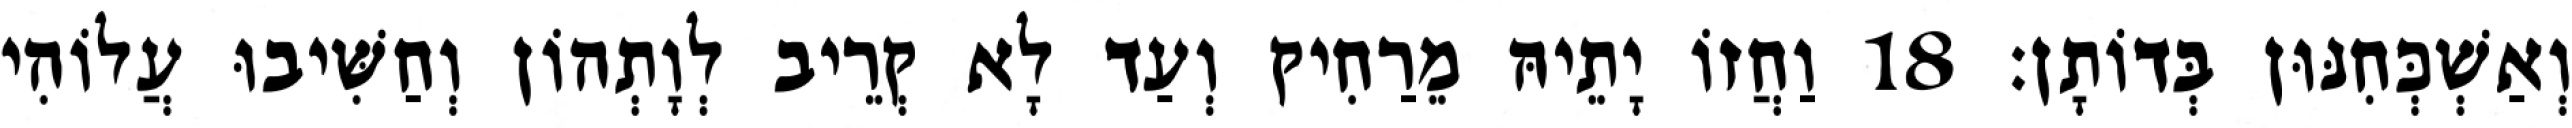
וְאַשְׁכְּחִנּוּן בְּדוֹתָן׃ 18 וַחֲזוֹ יָתֵיהּ מֵרַחִיק וְעַד לָא קְרֵיב לְוָתְהוֹן וְחַשִּׁיבוּ עֲלוֹהִי